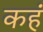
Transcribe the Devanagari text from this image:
कहं